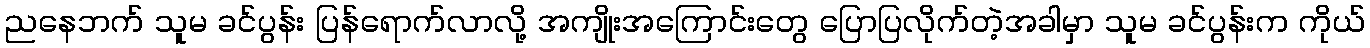
ညနေဘက် သူမ ခင်ပွန်း ပြန်ရောက်လာလို့ အကျိုးအကြောင်းတွေ ပြောပြလိုက်တဲ့အခါမှာ သူမ ခင်ပွန်းက ကိုယ်